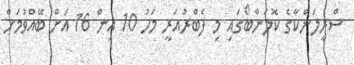
ސްރީލަންކާގެ ކޮލަންބޯގައި މި ފެބްރުއަރީ މަހު 10 އިން 16 އަށް ބޭއްވުމަށް